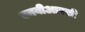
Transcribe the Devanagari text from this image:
एनबीआरसी